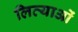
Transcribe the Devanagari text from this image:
लित्याओं